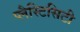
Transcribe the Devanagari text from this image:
प्लैस्टिसिटी